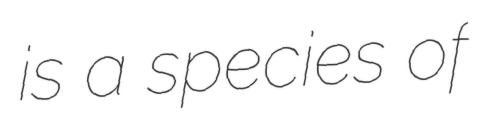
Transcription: is a species of